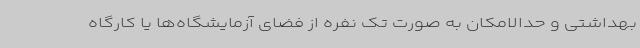
بهداشتی و حدالامکان به صورت تک نفره از فضای آزمایشگاه‌ها یا کارگاه